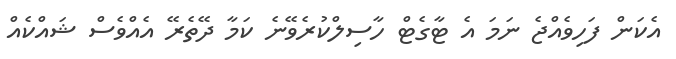
އެކަން ފަހިވެއްޖެ ނަމަ އެ ޓާގެޓް ހާސިލްކުރެވޭނެ ކަމާ ދޭތެރޭ އެއްވެސް ޝައްކެއް